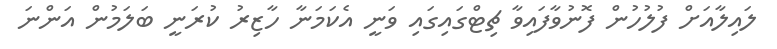
ލައިލާއަށް ފުލުހުން ފޮނުވާފައިވާ ޗިޓްގައިގައި ވަނީ އެކަމަނާ ހާޒިރު ކުރަނީ ބަލަމުން އަންނަ